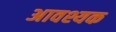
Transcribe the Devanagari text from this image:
अावश्यक